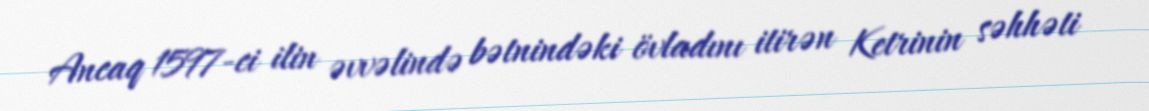
Ancaq 1597-ci ilin əvvəlində bətnindəki övladını itirən Ketrinin səhhəti